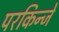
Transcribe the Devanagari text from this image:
परकिन्जे